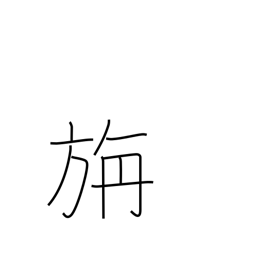
Meaning: woollen cloth